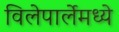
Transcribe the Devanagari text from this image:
विलेपार्लेमध्ये